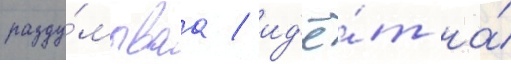
разду́мываа / ид'ё́т на́